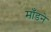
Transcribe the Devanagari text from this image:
माँडने